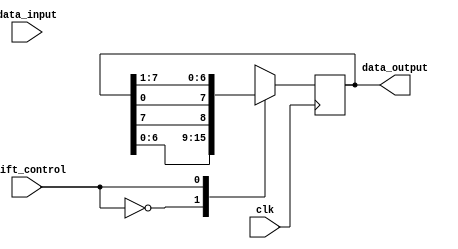
module shift_register (
    input clk,
    input shift_control,
    input [7:0] data_input,
    output reg [7:0] data_output
);

always @(posedge clk) begin
    case(shift_control)
        1'b0: data_output <= {data_output[6:0], data_output[7]}; // Shift right
        1'b1: data_output <= {data_output[0], data_output[7:1]}; // Shift left
    endcase
end

endmodule